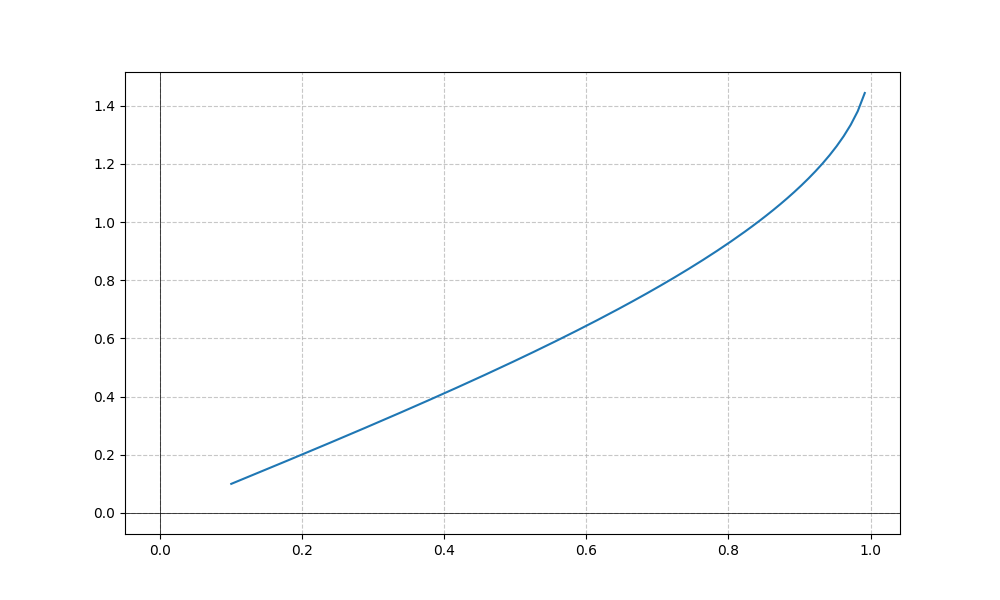
LaTeX formula: \operatorname{asin}{\left(x \right)}